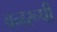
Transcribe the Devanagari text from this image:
वनरूपी